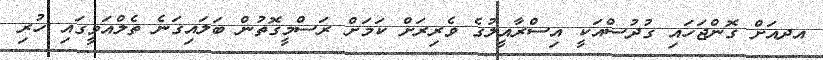
އދއަށް ގޮންޖަހައި ގުދުސްއަކީ އިސްރާއީލުގެ ވެރިރަށް ކަމަށް ރަސްމީގޮތުން ބަލައިގަނެ ތެލްއަވީގައި ހުރި